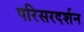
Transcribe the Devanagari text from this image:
परिसरदर्शन